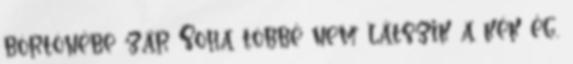
börtönébe zár Soha többé nem látszik a kék ég,